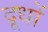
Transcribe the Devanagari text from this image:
दूधों